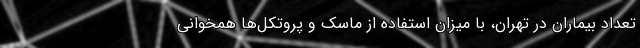
تعداد بیماران در تهران، با میزان استفاده از ماسک و پروتکل‌ها همخوانی